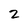
Character: 2